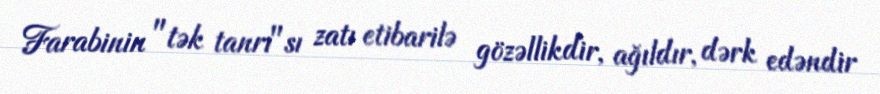
Farabinin "tək tanrı"sı zatı etibarilə gözəllikdir, ağıldır, dərk edəndir